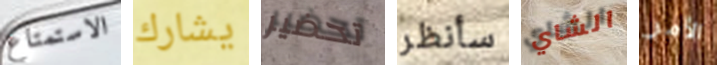
الاستمتاع يشارك تحضير سأنظر الشاي الأمر